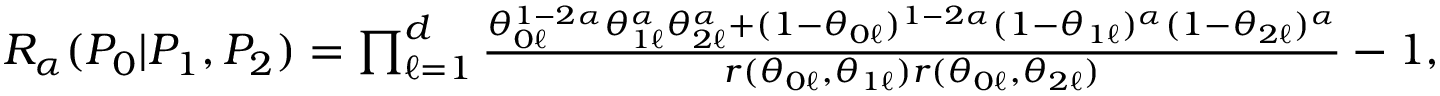
\begin{array} { r } { { R _ { \alpha } } ( P _ { 0 } | P _ { 1 } , P _ { 2 } ) = \prod _ { \ell = 1 } ^ { d } \frac { \theta _ { 0 \ell } ^ { 1 - 2 \alpha } \theta _ { 1 \ell } ^ { \alpha } \theta _ { 2 \ell } ^ { \alpha } + ( 1 - \theta _ { 0 \ell } ) ^ { 1 - 2 \alpha } ( 1 - \theta _ { 1 \ell } ) ^ { \alpha } ( 1 - \theta _ { 2 \ell } ) ^ { \alpha } } { r ( \theta _ { 0 \ell } , \theta _ { 1 \ell } ) r ( \theta _ { 0 \ell } , \theta _ { 2 \ell } ) } - 1 , } \end{array}